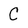
Character: C